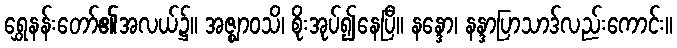
ရွှေနန်းတော်၏အလယ်၌။ အဇ္ဈာဝသိ၊ စိုးအုပ်၍နေပြီ။ နန္ဒော၊ နန္ဒာပြာသာဒ်လည်းကောင်း။